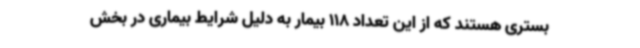
بستری هستند که از این تعداد 118 بیمار به دلیل شرایط بیماری در بخش